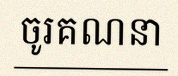
ចូរគណនា